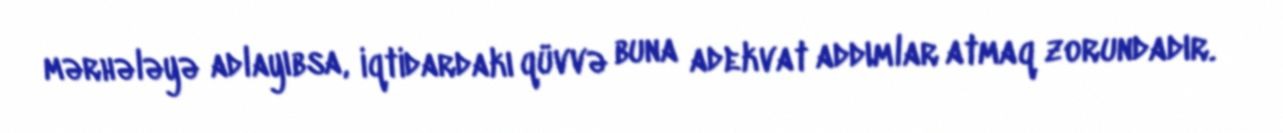
mərhələyə adlayıbsa, iqtidardakı qüvvə buna adekvat addımlar atmaq zorundadır.